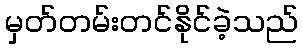
မှတ်တမ်းတင်နိုင်ခဲ့သည်